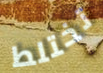
تختلط